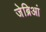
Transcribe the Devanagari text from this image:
जेब्रिआं